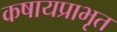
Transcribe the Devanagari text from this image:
कषायप्राभृत